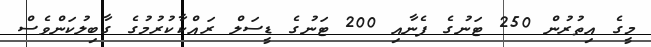
މީގެ އިތުރުން 250 ޓަނުގެ ފެނާއި 200 ޓަނުގެ ޑީސަލް ރައްކާކުރުމުގެ ގާބިލުކަންވެސް